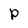
Character: P